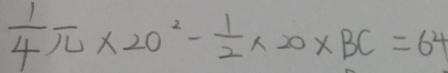
\frac { 1 } { 4 } \pi \times 2 0 ^ { 2 } - \frac { 1 } { 2 } \times 2 0 \times B C = 6 4